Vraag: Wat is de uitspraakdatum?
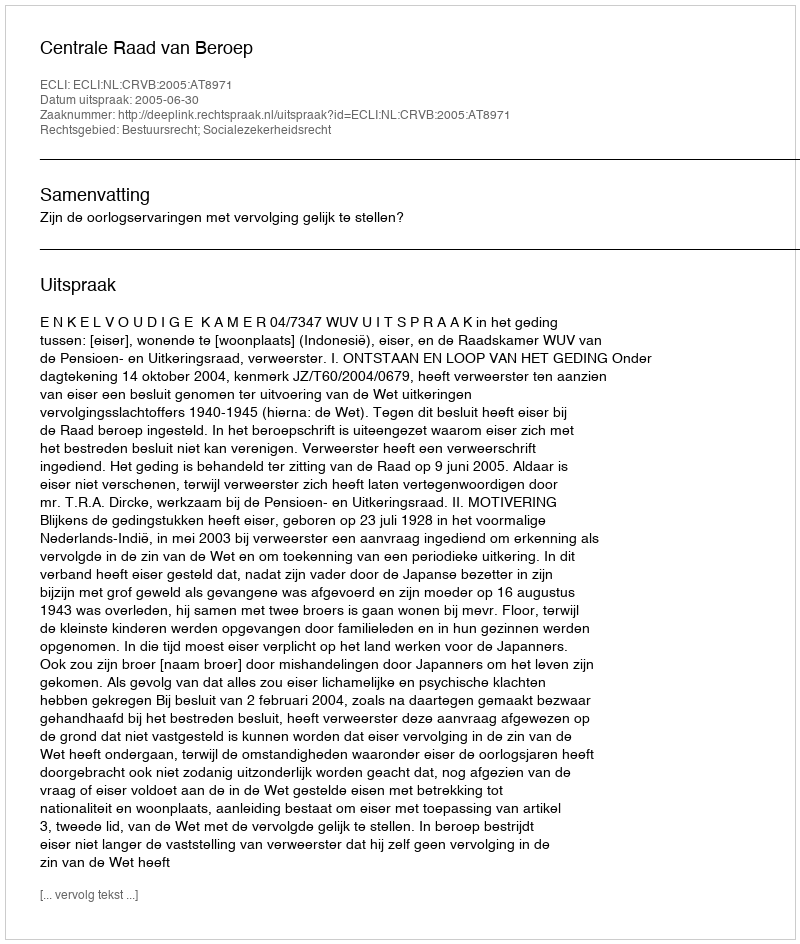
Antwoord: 2005-06-30